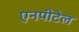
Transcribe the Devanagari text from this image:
एनपीटेल